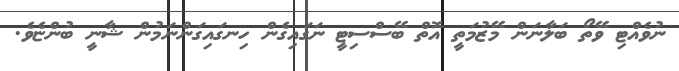
ނުވެއްޓި ވޭތޯ ބަލާނަން މޭޒުމަތީ އޮތް ބޭސްސިޓީ ނަގައިގެން ހިނގައިގަންނަމުން ޝާނީ ބުންޏެވެ.